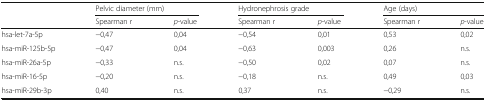
| <ROWSPAN=2>  | <COLSPAN=2> Pelvic diameter (mm) | <COLSPAN=2> Hydronephrosis grade | <COLSPAN=2> Age (days) |
 | Spearman r | p-value | Spearman r | p-value | Spearman r | p-value |
 | --- | --- | --- | --- | --- | --- | --- |
 | hsa-let-7a-5p | −0,47 | 0,04 | −0,54 | 0,01 | 0,53 | 0,02 |
 | hsa-miR-125b-5p | −0,47 | 0,04 | −0,63 | 0,003 | 0,26 | n.s. |
 | hsa-miR-26a-5p | −0,33 | n.s. | −0,50 | 0,02 | 0,07 | n.s. |
 | hsa-miR-16-5p | −0,20 | n.s. | −0,18 | n.s. | 0,49 | 0,03 |
 | hsa-miR-29b-3p | 0,40 | n.s. | 0,37 | n.s. | −0,29 | n.s. |